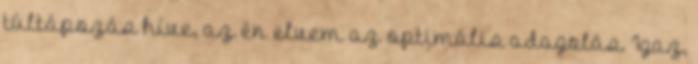
túltápozás híve, az én elvem az optimális adagolás. Igaz,